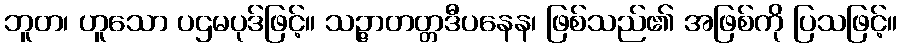
ဘူတ၊ ဟူသော ပဌမပုဒ်ဖြင့်။ သဉ္ဇာတတ္တဒီပနေန၊ ဖြစ်သည်၏ အဖြစ်ကို ပြသဖြင့်။